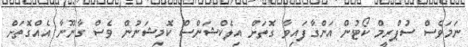
ނަމަވެސް ސުޕްރީމް ކޯޓުން އަންގާފައިވާ ގޮތަށް އިލެކްޝަންސް ކޮމިޝަނުން ވެސް ގާނޫނާ އެއްގޮތަށް